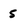
Character: 5